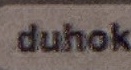
duhok